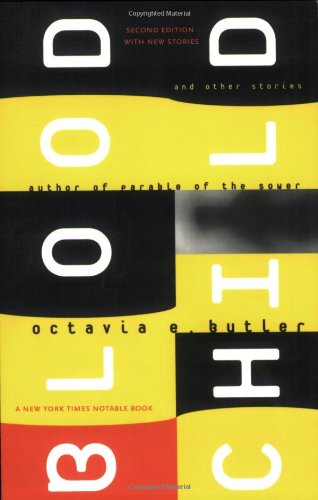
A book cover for Bloodchild and Other Stories; Octavia E. Butler; Science Fiction & Fantasy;